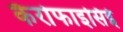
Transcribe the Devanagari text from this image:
कैरोफाइसिई